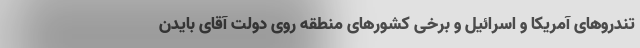
تندروهای آمریکا و اسرائیل و برخی کشورهای منطقه روی دولت آقای بایدن